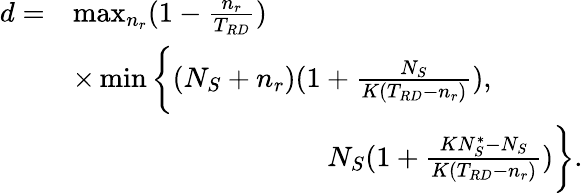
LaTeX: \begin{array}{rl}{d=}&{\operatorname*{max}_{n_{r}}(1-\frac{n_{r}}{T_{RD}})}\\ &{\times\operatorname*{min}\bigg\{ (N_{S}+n_{r})(1+\frac{N_{S}}{K(T_{RD}-n_{r})}),}\\ &{\quad\quad\quad\quad\quad\quad\quad\quad\quad N_{S}(1+\frac{KN_{S}^{\ast}-N_{S}}{K(T_{RD}-n_{r})})\bigg\} .}\end{array}